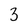
Character: 3